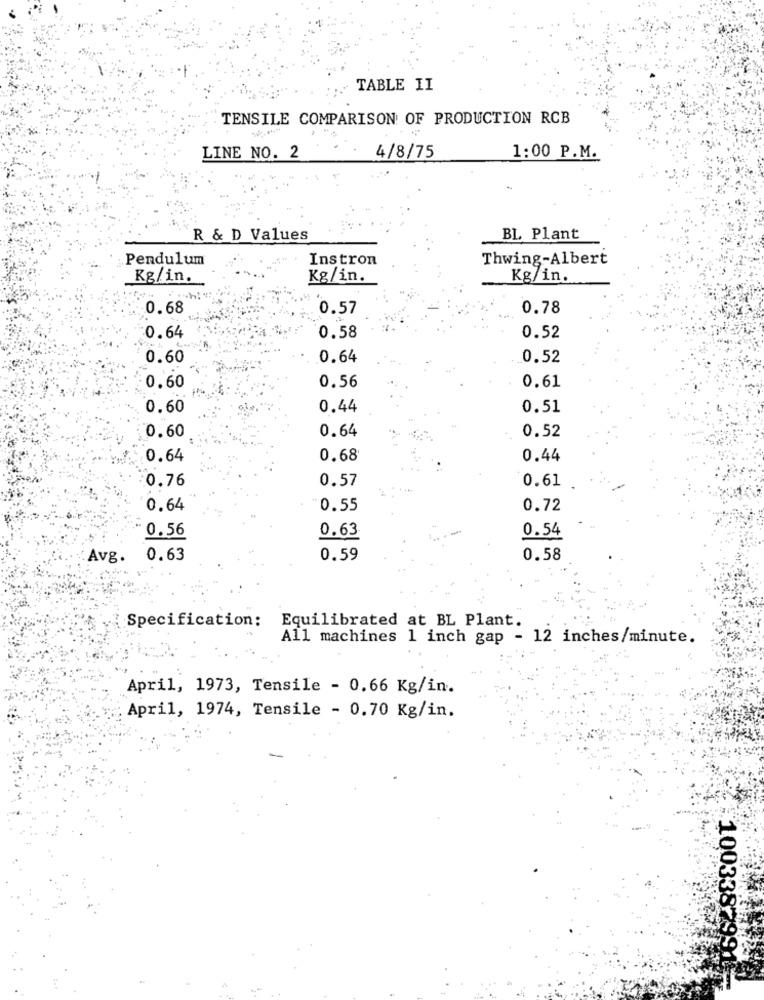
TABLE II
TENSILE COMPARISON OF PRODUCTION RCB
LINE NO. 2
4/8/75
1:00 P.M.
R & D Values
BL Plant
Pendulum
Instron
Thwing-Albert
Kg/in.
Kg/in.
Kg/in.
0.68
0.57
0.78
0.64
0.58
0.52
0.60
0.64
0.52
0.60
0.56
0.61
0.60
0.44
0.51
0.60
0.64
0.52
0.64
0.68
0.44
0.76
0.57
0.61
0.64
0.55
0.72
0.56
0.63
0.54
Avg.
0.63
0.59
0.58
Specification:
Equilibrated at BL Plant.
All machines 1 inch gap - 12 inches/minute.
April, 1973, Tensile - 0.66 Kg/in.
April, 1974, Tensile - 0.70 Kg/in.
1003387991